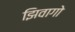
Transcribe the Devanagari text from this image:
झिवागो